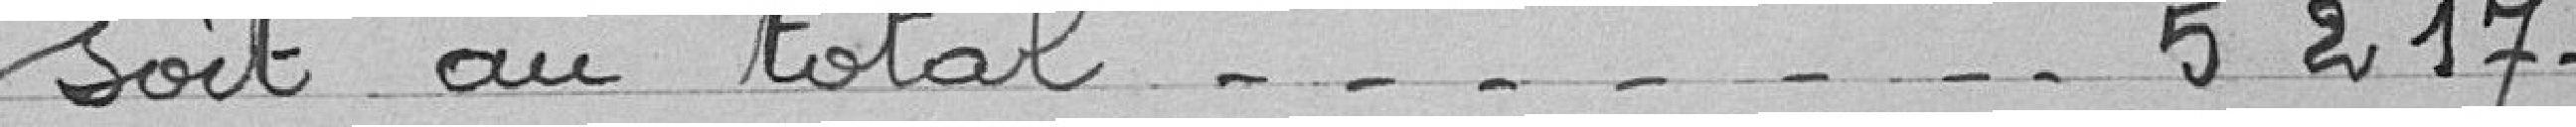
soit au total ................................ 5 217 francs